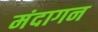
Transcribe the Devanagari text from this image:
मंदागन